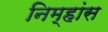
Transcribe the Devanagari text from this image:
निम्हांस